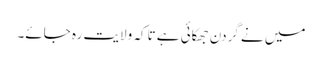
میں نے گردن جھکائی ہے تاکہ ولایت رہ جائے۔